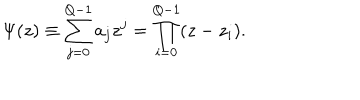
LaTeX: \Psi ( z ) \equiv \sum _ { j = 0 } ^ { Q - 1 } a _ { j } z ^ { j } = \prod _ { i = 0 } ^ { Q - 1 } ( z - z _ { i } ) .